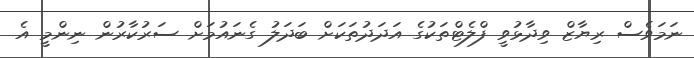
ނަމަވެސް ރިޔާޒް ވިދާޅުވީ ފްލެޓްތަކުގެ އަދަދުތަކަށް ބަދަލު ގެނައުމަށް ސަރުކާރުން ނިންމީ އެ